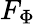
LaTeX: F_{\Phi}